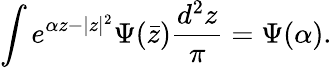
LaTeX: \int e^{\alpha z-|z|^{2}}\Psi(\bar{z}){\frac{d^{2}z}{\pi}}=\Psi(\alpha).